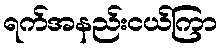
ရက်အနည်းငယ်ကြာ